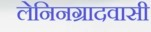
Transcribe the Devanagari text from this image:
लेनिनग्रादवासी